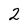
Character: 2